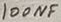
Text: 100NF